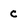
Character: c